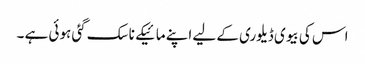
اس کی بیوی ڈیلوری کے لیے اپنے مائیکے ناسک گئی ہوئی ہے ۔